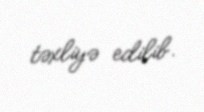
təxliyə edilib.